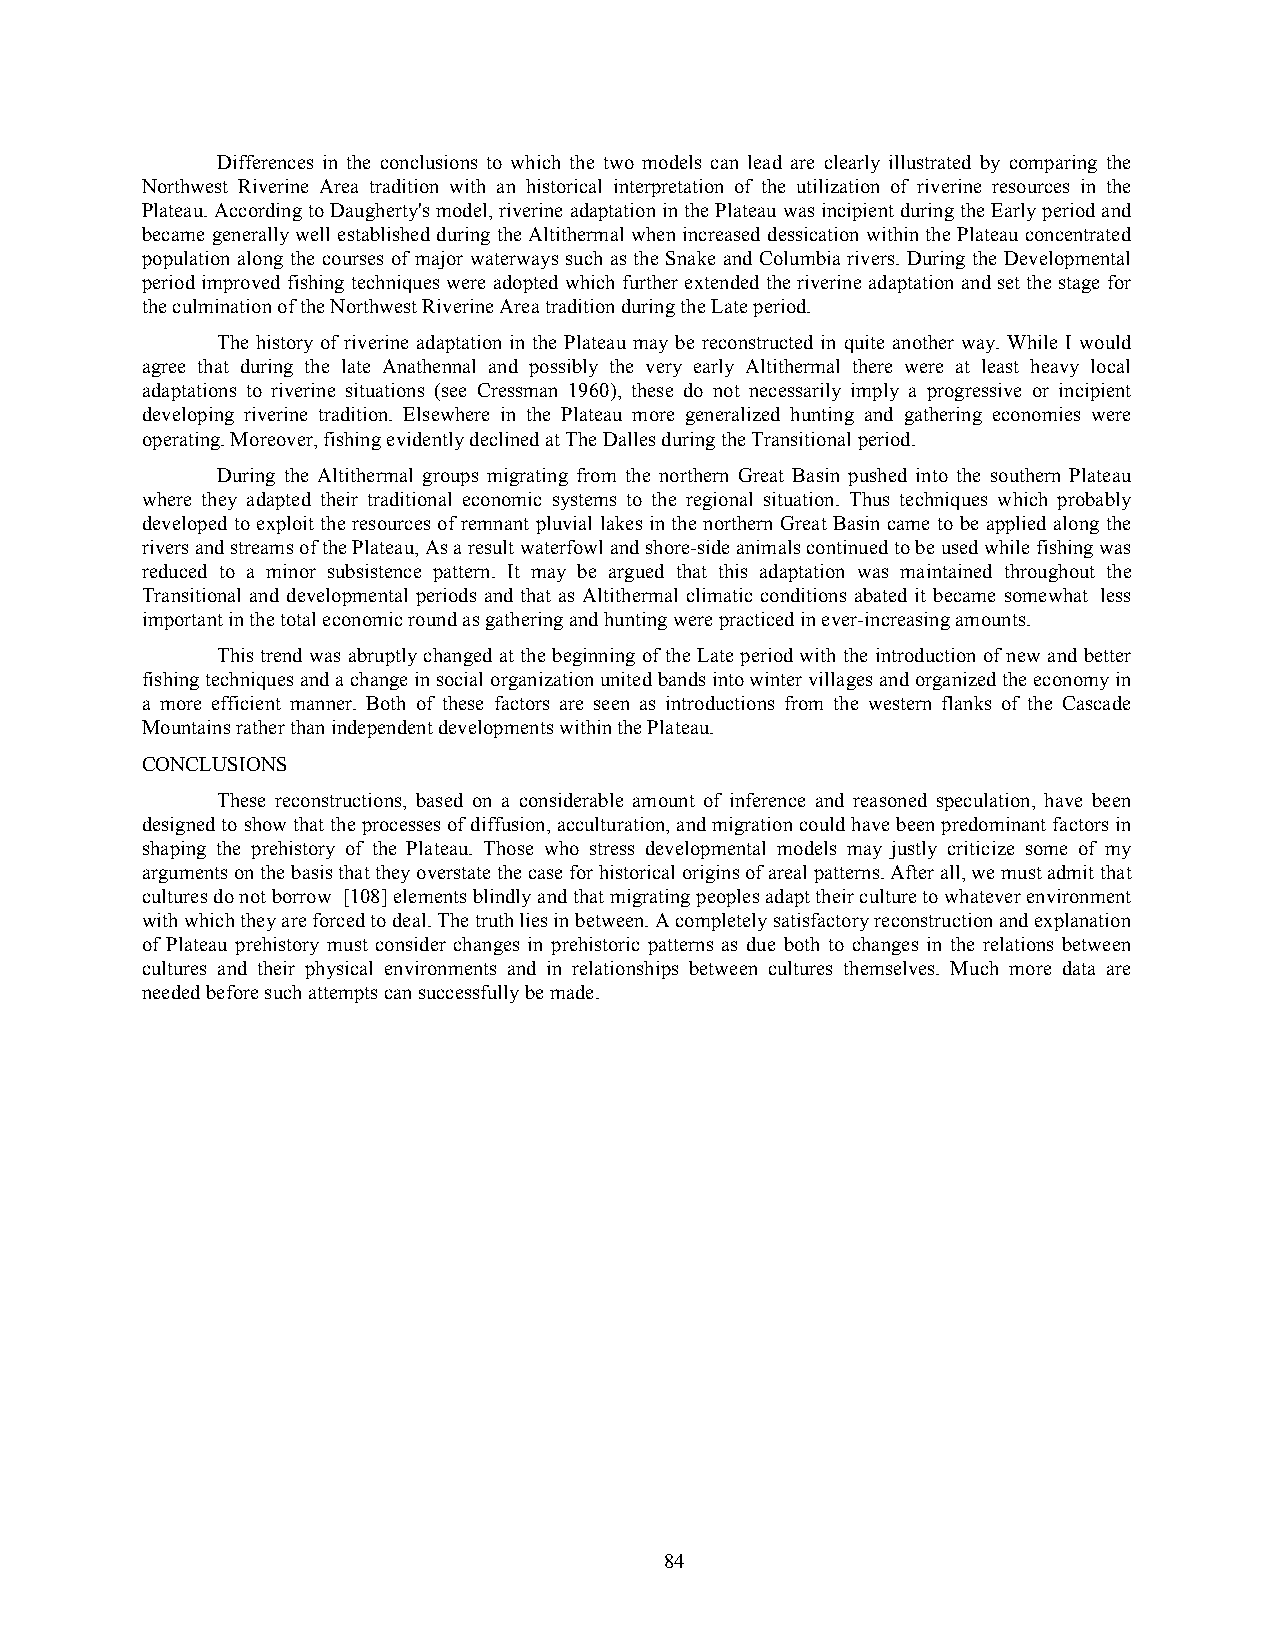
Differences in the conclusions to which the two models can lead are clearly illustrated by comparing the
 Northwest Riverine Area tradition with an historical interpretation of the utilization of riverine resources in the
 Plateau. According to Daugherty's model, riverine adaptation in the Plateau was incipient during the Early period and
 became generally well established during the Altithermal when increased dessication within the Plateau concentrated
 population along the courses of major waterways such as the Snake and Columbia rivers. During the Developmental
 period improved fishing techniques were adopted which further extended the riverine adaptation and set the stage for
 the culmination of the Northwest Riverine Area tradition during the Late period.
 The history of riverine adaptation in the Plateau may be reconstructed in quite another way. While I would
 agree that during the late Anathennal and possibly the very early Altithermal there were at least heavy local
 adaptations to riverine situations (see Cressman 1960), these do not necessarily imply a progressive or incipient
 developing riverine tradition. Elsewhere in the Plateau more generalized hunting and gathering economies were
 operating. Moreover, fishing evidently declined at The Dalles during the Transitional period.
 During the Altithermal groups migrating from the northern Great Basin pushed into the southern Plateau
 where they adapted their traditional economic systems to the regional situation. Thus techniques which probably
 developed to exploit the resources of remnant pluvial lakes in the northern Great Basin came to be applied along the
 rivers and streams of the Plateau, As a result waterfowl and shore-side animals continued to be used while fishing was
 reduced to a minor subsistence pattern. It may be argued that this adaptation was maintained throughout the
 Transitional and developmental periods and that as Altithermal climatic conditions abated it became somewhat less
 important in the total economic round as gathering and hunting were practiced in ever-increasing amounts.
 This trend was abruptly changed at the beginning of the Late period with the introduction of new and better
 fishing techniques and a change in social organization united bands into winter villages and organized the economy in
 a more efficient manner. Both of these factors are seen as introductions from the western flanks of the Cascade
 Mountains rather than independent developments within the Plateau.
 CONCLUSIONS
 These reconstructions, based on a considerable amount of inference and reasoned speculation, have been
 designed to show that the processes of diffusion, acculturation, and migration could have been predominant factors in
 shaping the prehistory of the Plateau. Those who stress developmental models may justly criticize some of my
 arguments on the basis that they overstate the case for historical origins of areal patterns. After all, we must admit that
 cultures do not borrow [108] elements blindly and that migrating peoples adapt their culture to whatever environment
 with which they are forced to deal. The truth lies in between. A completely satisfactory reconstruction and explanation
 of Plateau prehistory must consider changes in prehistoric patterns as due both to changes in the relations between
 cultures and their physical environments and in relationships between cultures themselves. Much more data are
 needed before such attempts can successfully be made.
 84